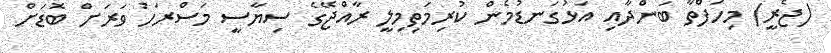
(ޖެރީ) މިހަފްތާ ބަންދާއި އަޅުގަނޑުމެން ކުރިމަތިމިލީ ރާއްޖޭގެ ސިޔާސީ މަސްރަހު ވަރަށް ބޮޑަށް